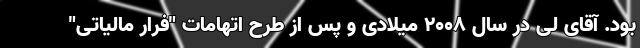
بود. آقای لی در سال ۲۰۰۸ میلادی و پس از طرح اتهامات "فرار مالیاتی"